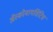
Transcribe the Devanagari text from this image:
अॅस्कोमायसिटिस